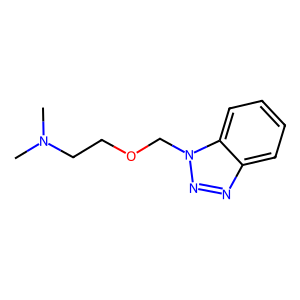
SMILES: CN(C)CCOCn1nnc2ccccc21
Inhibits HIV replication: No